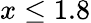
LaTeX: x\le 1.8